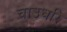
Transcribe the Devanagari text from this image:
चाउधरि